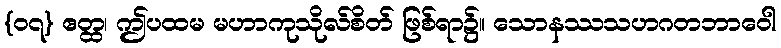
{၀၇} ဧတ္ထ၊ ဤပထမ မဟာကုသိုလ်စိတ် ဖြစ်ရာ၌။ သောနဿသဟဂတဘာဝေါ